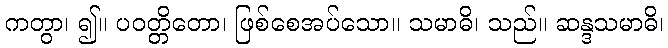
ကတွာ၊ ၍။ ပဝတ္တိတော၊ ဖြစ်စေအပ်သော။ သမာဓိ၊ သည်။ ဆန္ဒသမာဓိ၊